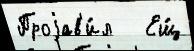
Проjав'и́л   Ещ́